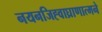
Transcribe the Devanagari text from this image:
नयनजिह्वाघ्राणात्मने